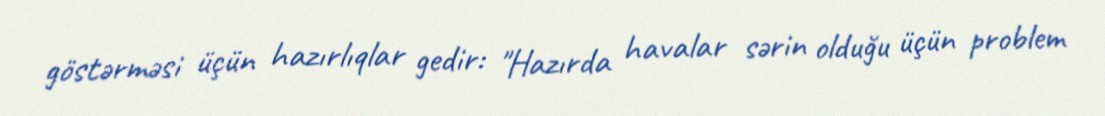
göstərməsi üçün hazırlıqlar gedir: "Hazırda havalar sərin olduğu üçün problem